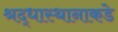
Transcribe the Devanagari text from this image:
श्रद्धास्थानाकडे